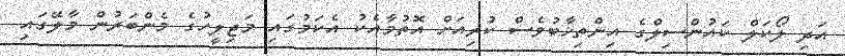
އަދި ލޯކަލް ކައުންސިލްގެ އިންތިޚާބުވެސް ކުރިއަށް އޮތުމާއެކު އެކަމުގައި މަޖިލީހުގެ މެންބަރުން މާލޭގައި